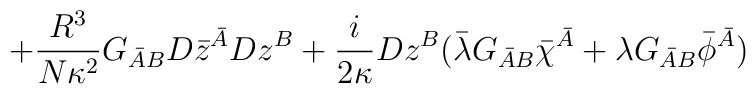
+\frac{R^3}{N\kappa^2} G_{\bar AB} D\bar z^{\bar A} D z^B +\frac{i}{2\kappa}D z^B (\bar\lambda G_{\bar AB}\bar\chi^{\bar A}+\lambda G_{\bar AB}\bar\phi^{\bar A} )